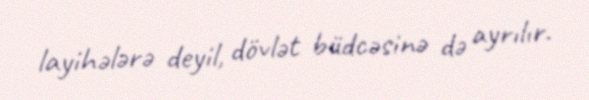
layihələrə deyil, dövlət büdcəsinə də ayrılır.